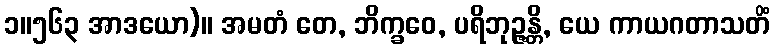
၁။၅၆၃ အာဒယော)။ အမတံ တေ, ဘိက္ခဝေ, ပရိဘုဉ္ဇန္တိ, ယေ ကာယဂတာသတိံ